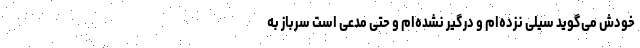
خودش می‌گوید سیلی نزده‌ام و درگیر نشده‌ام و حتی مدعی است سرباز به